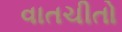
વાતચીતો